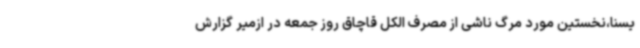
یسنا،نخستین مورد مرگ ناشی از مصرف الکل قاچاق روز جمعه در ازمیر گزارش